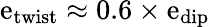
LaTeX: \mathrm{e}_{\mathrm{{twist}}}\approx0.6\times\mathrm{e}_{\mathrm{{dip}}}